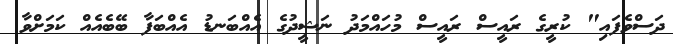
ދަސްވެފައި" ކުރީގެ ރައީސް ރައީސް މުހައްމަދު ނަޝީދުގެ އެއްބަނޑު އެއްބަފާ ބޭބެއެއް ކަމަށްވާ